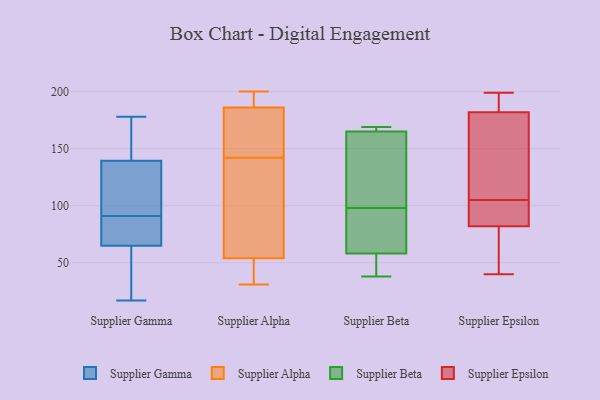
{"axis": {"x": "Page Views", "y": "Value"}, "legend": ["Supplier Alpha", "Supplier Beta", "Supplier Epsilon", "Supplier Gamma"], "data": [{"x": "", "y": 132, "type": "Supplier Gamma"}, {"x": "", "y": 117, "type": "Supplier Gamma"}, {"x": "", "y": 147, "type": "Supplier Gamma"}, {"x": "", "y": 87, "type": "Supplier Gamma"}, {"x": "", "y": 67, "type": "Supplier Gamma"}, {"x": "", "y": 178, "type": "Supplier Gamma"}, {"x": "", "y": 51, "type": "Supplier Gamma"}, {"x": "", "y": 17, "type": "Supplier Gamma"}, {"x": "", "y": 95, "type": "Supplier Gamma"}, {"x": "", "y": 63, "type": "Supplier Gamma"}, {"x": "", "y": 83, "type": "Supplier Gamma"}, {"x": "", "y": 147, "type": "Supplier Gamma"}, {"x": "", "y": 164, "type": "Supplier Alpha"}, {"x": "", "y": 94, "type": "Supplier Alpha"}, {"x": "", "y": 31, "type": "Supplier Alpha"}, {"x": "", "y": 199, "type": "Supplier Alpha"}, {"x": "", "y": 143, "type": "Supplier Alpha"}, {"x": "", "y": 144, "type": "Supplier Alpha"}, {"x": "", "y": 195, "type": "Supplier Alpha"}, {"x": "", "y": 187, "type": "Supplier Alpha"}, {"x": "", "y": 186, "type": "Supplier Alpha"}, {"x": "", "y": 133, "type": "Supplier Alpha"}, {"x": "", "y": 38, "type": "Supplier Alpha"}, {"x": "", "y": 200, "type": "Supplier Alpha"}, {"x": "", "y": 44, "type": "Supplier Alpha"}, {"x": "", "y": 54, "type": "Supplier Alpha"}, {"x": "", "y": 174, "type": "Supplier Alpha"}, {"x": "", "y": 141, "type": "Supplier Alpha"}, {"x": "", "y": 50, "type": "Supplier Alpha"}, {"x": "", "y": 129, "type": "Supplier Alpha"}, {"x": "", "y": 91, "type": "Supplier Beta"}, {"x": "", "y": 139, "type": "Supplier Beta"}, {"x": "", "y": 58, "type": "Supplier Beta"}, {"x": "", "y": 166, "type": "Supplier Beta"}, {"x": "", "y": 169, "type": "Supplier Beta"}, {"x": "", "y": 48, "type": "Supplier Beta"}, {"x": "", "y": 165, "type": "Supplier Beta"}, {"x": "", "y": 168, "type": "Supplier Beta"}, {"x": "", "y": 43, "type": "Supplier Beta"}, {"x": "", "y": 77, "type": "Supplier Beta"}, {"x": "", "y": 112, "type": "Supplier Beta"}, {"x": "", "y": 62, "type": "Supplier Beta"}, {"x": "", "y": 38, "type": "Supplier Beta"}, {"x": "", "y": 148, "type": "Supplier Beta"}, {"x": "", "y": 105, "type": "Supplier Beta"}, {"x": "", "y": 169, "type": "Supplier Beta"}, {"x": "", "y": 43, "type": "Supplier Beta"}, {"x": "", "y": 70, "type": "Supplier Beta"}, {"x": "", "y": 90, "type": "Supplier Epsilon"}, {"x": "", "y": 93, "type": "Supplier Epsilon"}, {"x": "", "y": 183, "type": "Supplier Epsilon"}, {"x": "", "y": 151, "type": "Supplier Epsilon"}, {"x": "", "y": 74, "type": "Supplier Epsilon"}, {"x": "", "y": 181, "type": "Supplier Epsilon"}, {"x": "", "y": 62, "type": "Supplier Epsilon"}, {"x": "", "y": 101, "type": "Supplier Epsilon"}, {"x": "", "y": 109, "type": "Supplier Epsilon"}, {"x": "", "y": 199, "type": "Supplier Epsilon"}, {"x": "", "y": 183, "type": "Supplier Epsilon"}, {"x": "", "y": 40, "type": "Supplier Epsilon"}]}